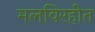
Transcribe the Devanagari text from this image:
मलविरहीत